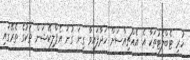
ހުރި ޓެބްލެޓުތަކާ އެ އެއްޗިއްސަށް ހަދާފައިވާ ގިނަ ގުނަ އެޕްލިކޭޝަން ތަކުގެ ތެރޭގައި